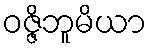
ဝဇ္ဇိဘူမိယာ